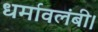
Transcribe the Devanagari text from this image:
धर्मावलंबी।